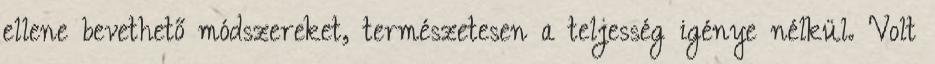
ellene bevethető módszereket, természetesen a teljesség igénye nélkül. Volt